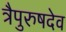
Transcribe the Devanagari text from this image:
त्रैपुरुषदेव